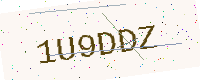
Text: 1U9DDZ